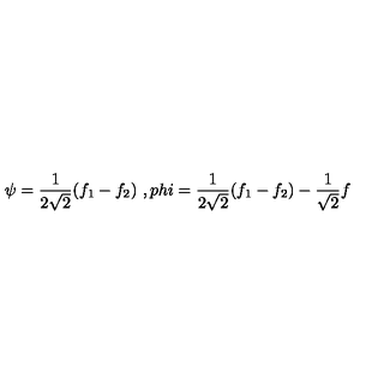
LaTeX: \psi = \frac { 1 } { 2 \sqrt { 2 } } ( f _ { 1 } - f _ { 2 } ) \ , p h i = \frac { 1 } { 2 \sqrt { 2 } } ( f _ { 1 } - f _ { 2 } ) - \frac { 1 } { \sqrt { 2 } } f